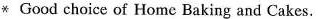
* Good choice of Home Baking and Cakes.